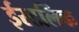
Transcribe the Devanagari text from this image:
ईस्टलिंक